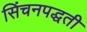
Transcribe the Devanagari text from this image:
सिंचनपद्धती